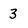
Character: 3